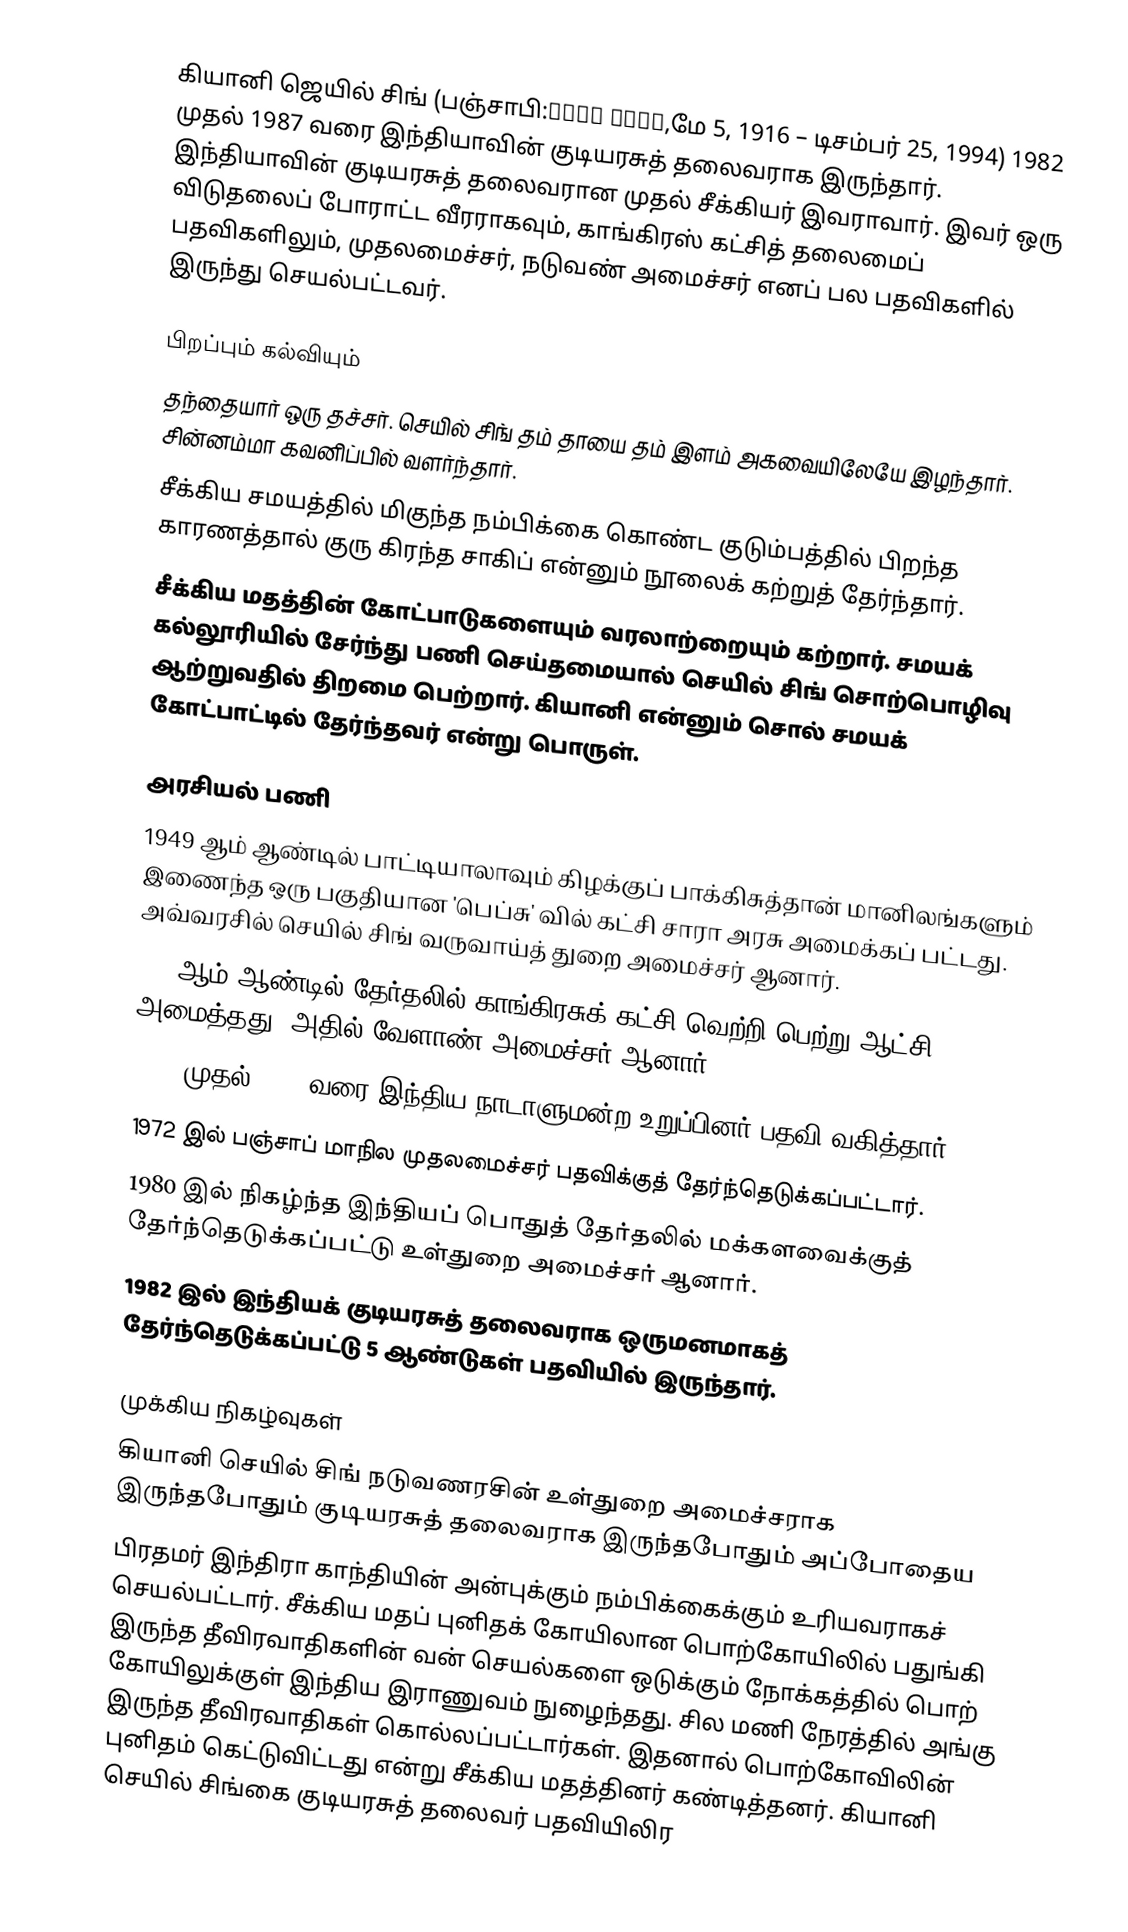
கியானி ஜெயில் சிங் (பஞ்சாபி:ਜ਼ੈਲ ਸਿੰਘ,மே 5, 1916 – டிசம்பர் 25, 1994) 1982 முதல் 1987 வரை இந்தியாவின் குடியரசுத் தலைவராக இருந்தார். இந்தியாவின் குடியரசுத் தலைவரான முதல் சீக்கியர் இவராவார். இவர் ஒரு விடுதலைப் போராட்ட வீரராகவும், காங்கிரஸ் கட்சித் தலைமைப் பதவிகளிலும், முதலமைச்சர், நடுவண் அமைச்சர் எனப் பல பதவிகளில் இருந்து செயல்பட்டவர்.

பிறப்பும் கல்வியும்
தந்தையார் ஒரு தச்சர். செயில் சிங் தம் தாயை தம் இளம் அகவையிலேயே இழந்தார். சின்னம்மா கவனிப்பில் வளர்ந்தார்.
சீக்கிய சமயத்தில் மிகுந்த நம்பிக்கை கொண்ட குடும்பத்தில் பிறந்த காரணத்தால் குரு கிரந்த சாகிப் என்னும் நூலைக் கற்றுத் தேர்ந்தார்.
சீக்கிய மதத்தின் கோட்பாடுகளையும் வரலாற்றையும் கற்றார். சமயக் கல்லூரியில் சேர்ந்து பணி செய்தமையால் செயில் சிங் சொற்பொழிவு ஆற்றுவதில் திறமை பெற்றார். கியானி என்னும் சொல் சமயக் கோட்பாட்டில் தேர்ந்தவர் என்று பொருள்.

அரசியல் பணி
 1949 ஆம் ஆண்டில் பாட்டியாலாவும் கிழக்குப் பாக்கிசுத்தான் மானிலங்களும் இணைந்த ஒரு பகுதியான 'பெப்சு' வில் கட்சி சாரா அரசு அமைக்கப் பட்டது. அவ்வரசில் செயில் சிங் வருவாய்த் துறை அமைச்சர் ஆனார்.
 1951ஆம் ஆண்டில் தேர்தலில் காங்கிரசுக் கட்சி வெற்றி பெற்று ஆட்சி அமைத்தது. அதில் வேளாண் அமைச்சர் ஆனார்.
 1956 முதல் 1962 வரை இந்திய நாடாளுமன்ற உறுப்பினர் பதவி வகித்தார்.
 1972 இல் பஞ்சாப் மாநில முதலமைச்சர் பதவிக்குத் தேர்ந்தெடுக்கப்பட்டார்.
 1980 இல் நிகழ்ந்த இந்தியப் பொதுத் தேர்தலில் மக்களவைக்குத் தேர்ந்தெடுக்கப்பட்டு உள்துறை அமைச்சர் ஆனார்.
 1982 இல் இந்தியக் குடியரசுத் தலைவராக ஒருமனமாகத் தேர்ந்தெடுக்கப்பட்டு 5 ஆண்டுகள் பதவியில் இருந்தார்.

முக்கிய நிகழ்வுகள்
கியானி செயில் சிங் நடுவணரசின் உள்துறை அமைச்சராக இருந்தபோதும் குடியரசுத் தலைவராக இருந்தபோதும் அப்போதைய
பிரதமர் இந்திரா காந்தியின் அன்புக்கும் நம்பிக்கைக்கும் உரியவராகச் செயல்பட்டார். சீக்கிய மதப் புனிதக் கோயிலான பொற்கோயிலில் பதுங்கி இருந்த தீவிரவாதிகளின் வன் செயல்களை ஒடுக்கும் நோக்கத்தில் பொற் கோயிலுக்குள் இந்திய இராணுவம் நுழைந்தது. சில மணி நேரத்தில் அங்கு இருந்த தீவிரவாதிகள் கொல்லப்பட்டார்கள். இதனால் பொற்கோவிலின் புனிதம் கெட்டுவிட்டது என்று சீக்கிய மதத்தினர் கண்டித்தனர். கியானி செயில் சிங்கை குடியரசுத் தலைவர் பதவியிலிர